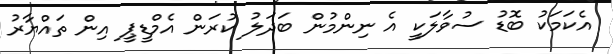
އެކަމަކު ބޮޑު ސުވާލަކީ އެ ނިންމުން ބަދަލު ކުރަން އެމްޑީޕީ އިން ތައްޔާރު